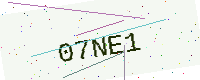
Text: 07NE1